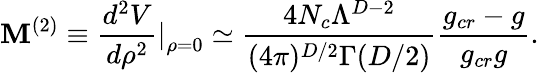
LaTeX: \mathbf{M}^{(2)}\equiv\frac{{d^{2}V}}{{d\rho^{2}}}\left.\right|_{\rho=0}\simeq\frac{{4N_{c}\Lambda^{D-2}}}{{(4\pi)^{D/2}\Gamma(D/2)}}\frac{{g_{cr}-g}}{{g_{cr}g}}.